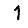
Digit: 1